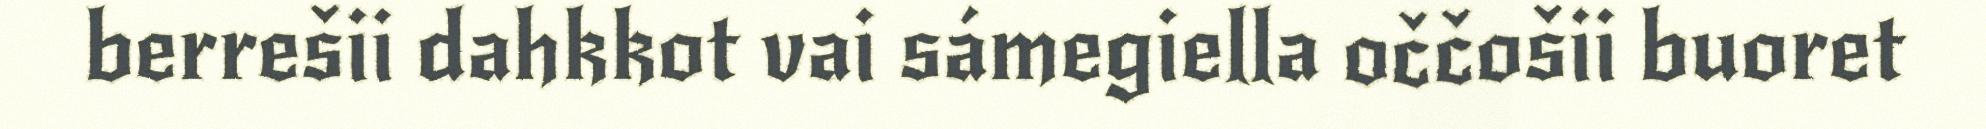
berrešii dahkkot vai sámegiella oččošii buoret